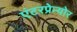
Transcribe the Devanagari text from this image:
एंटरप्रेन्योर